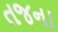
તજના